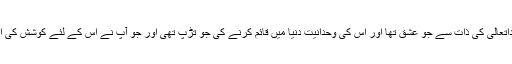
آنحضرت صلی اللہ علیہ وسلم کو خداتعالیٰ کی ذات سے جو عشق تھا اور اس کی وحدانیت دنیا میں قائم کرنے کی جو تڑپ تھی اور جو آپؐ نے اس کے لئے کوشش کی اس کا تو کوئی مقابلہ نہیں کر سکتا۔